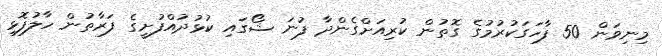
މިނިވަން 50 ފާހަގަކުރުމުގެ ގޮތުން ކުރިއަށްގެންދާ ފުނަ ޝޯގައި ކުޅުދުއްފުށީގެ ފަރާތުން ހާލުފޮޅި